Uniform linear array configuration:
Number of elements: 24
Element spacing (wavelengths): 1
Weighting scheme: blackman
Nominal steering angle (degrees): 15
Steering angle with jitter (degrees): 13.51
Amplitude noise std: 0.05
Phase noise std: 0.05

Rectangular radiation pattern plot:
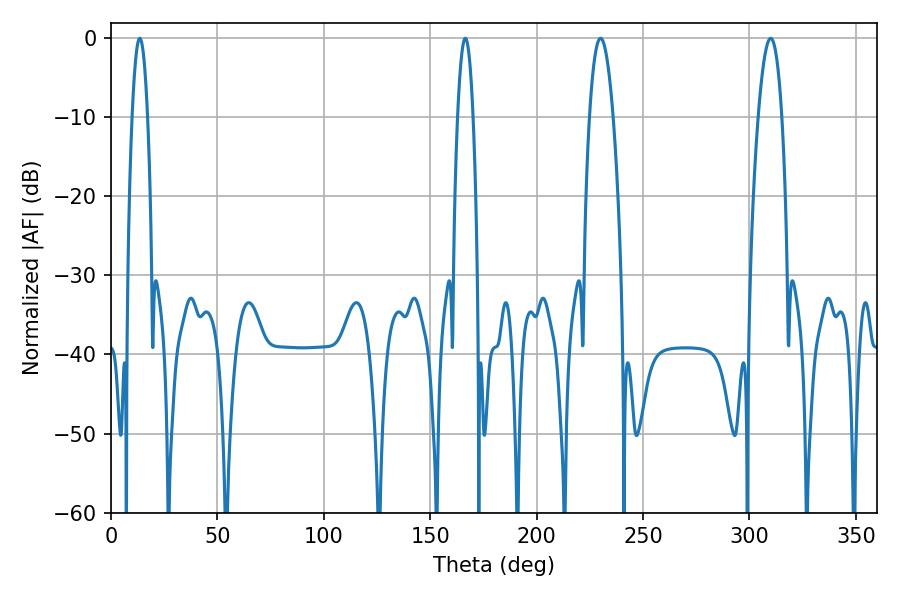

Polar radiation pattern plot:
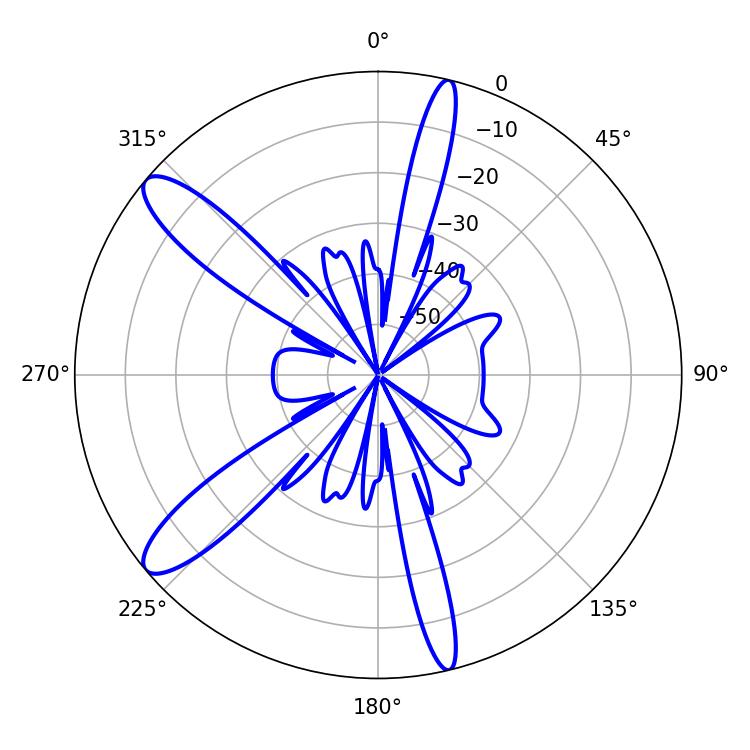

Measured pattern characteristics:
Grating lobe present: TRUE
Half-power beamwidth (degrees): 5.94
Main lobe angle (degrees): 230.04